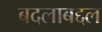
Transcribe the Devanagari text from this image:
बदलाबद्दल